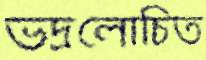
ভদ্রলোচিত